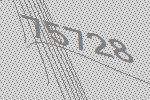
75728